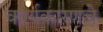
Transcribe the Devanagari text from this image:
कार्यकारणचे